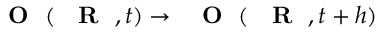
\mathrm { ~ { ~ \bf ~ O ~ } ~ } ( \mathrm { ~ { ~ \bf ~ R ~ } ~ } , t ) \to \mathrm { ~ { ~ \bf ~ O ~ } ~ } ( \mathrm { ~ { ~ \bf ~ R ~ } ~ } , t + h )